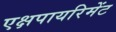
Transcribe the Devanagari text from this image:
एक्षपायरिमेंट